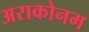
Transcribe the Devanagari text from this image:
अराकोनम